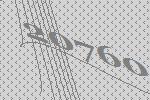
20760